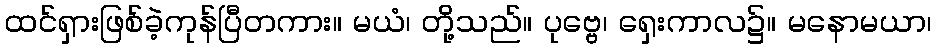
ထင်ရှားဖြစ်ခဲ့ကုန်ပြီတကား။ မယံ၊ တို့သည်။ ပုဗ္ဗေ၊ ရှေးကာလ၌။ မနောမယာ၊